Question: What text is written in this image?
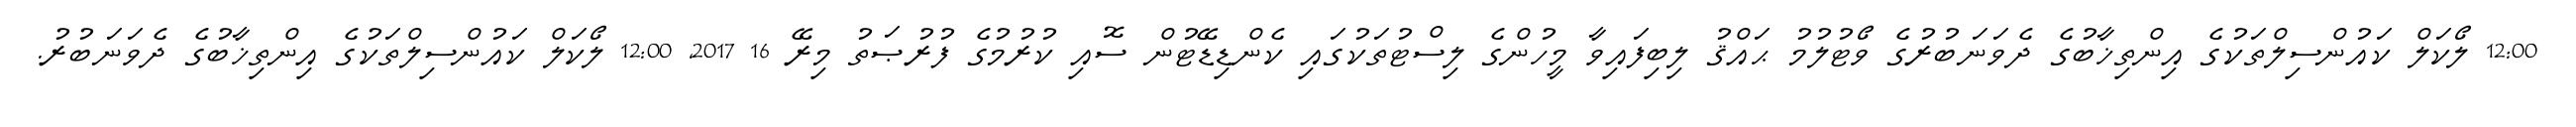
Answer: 12:00 ލޯކަލް ކައުންސިލްތަކުގެ އިންތިޚާބުގެ ދެވަނަބުރުގެ ވޯޓުލުމު ޙައްޤު ލިބިފައިވާ މީހުންގެ ލިސްޓުތަކުގައި ކެންޑިޑޭޓުން ސޮއި ކުރުމުގެ ފުރުޞަތު މިރޭ 16 2017, 12:00 ލޯކަލް ކައުންސިލްތަކުގެ އިންތިޚާބުގެ ދެވަނަބުރު.